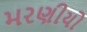
મરણીયો